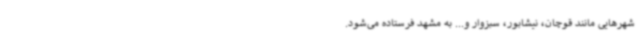
شهرهایی مانند قوچان، نیشابور، سبزوار و... به مشهد فرستاده می‌شود.